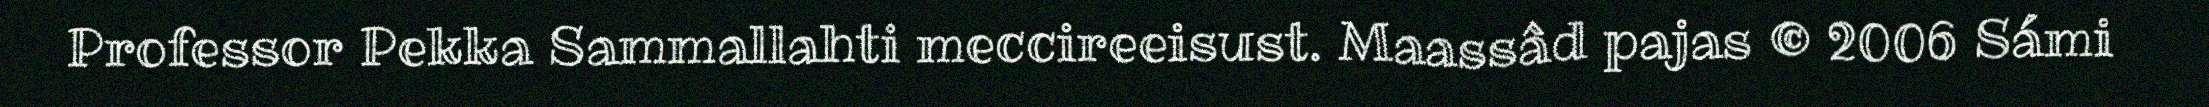
Professor Pekka Sammallahti meccireeisust. Maassâd pajas © 2006 Sámi